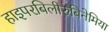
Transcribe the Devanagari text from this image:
हाइपरबिलीरुबिनेमिया